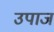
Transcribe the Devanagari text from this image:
उपाज